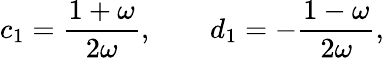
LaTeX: c_{1}={\frac{1+\omega}{2\omega}},\qquad d_{1}=-{\frac{1-\omega}{2\omega}},